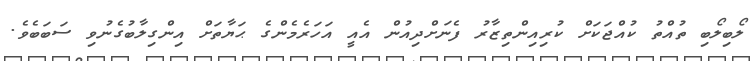
ލޯބިލޯބި ތުއްތު ކުއްޖަކަށް ކުރިއިންތިޒާރު ފެނަށްދިއުން އެއީ އަހަރެމެންގެ ޙަޔާތަށް އިންގިލާބުގެނުވި ސަބަބެވެ.